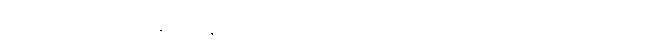
တည်ရာကဲ့သို့ပြုအပ်၏။ အနုဋ္ဌိတာ၊ ဆောက်တည်ခြင်းအားလျော်စွာထားအပ်၏။ ပရိစိတာ၊